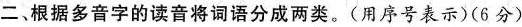
二、根据多音字的读音将词语分成两类。(用序号表示)6分)